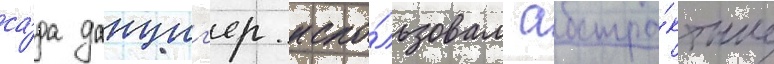
са́да данциг'ер испо́льзовал абстра́ктные